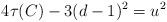
LaTeX: \begin{align*} 4\tau(C)-3(d-1)^2=u^2\end{align*}